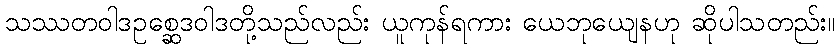
သဿတဝါဒဥစ္ဆေဒဝါဒတို့သည်လည်း ယူကုန်ရကား ယေဘုယျေနဟု ဆိုပါသတည်း။